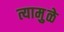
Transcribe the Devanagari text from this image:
त्यामुुळे